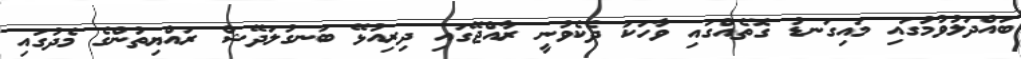
ބައްދަލުވުމުގައި މައިގަނޑު ގޮތެއްގައި ވާހަކަ ދެކެވުނީ ރާއްޖޭގައި ދިރިއުޅޭ ބަނގުލަދޭޝް ރައްޔިތުންގެ މެދުގައި